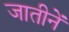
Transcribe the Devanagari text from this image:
जातीनें